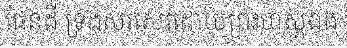
ផែនដី ទ្រង់សរសេរដោយព្រះហស្តឯង